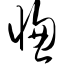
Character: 惚